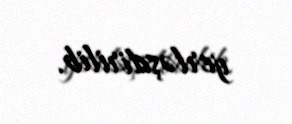
yerləşdirilib.